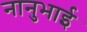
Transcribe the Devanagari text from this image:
नानुभाई